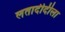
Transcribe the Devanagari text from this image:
लतादीदीला